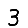
Digit: 3